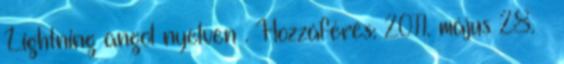
Lightning angol nyelven . Hozzáférés: 2011. május 28. ↑